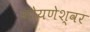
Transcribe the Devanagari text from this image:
गोयणेश्वर